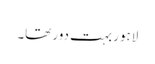
لاہور بہت دور تھا۔